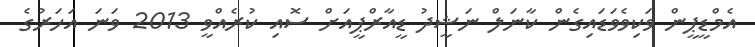
އެމްޑީޕީން ވަކިވެވަޑައިގެން ކާނަލް ނަޝީދު ޑީއާރްޕީއަށް ސޮއި ކުރެއްވީ 2013 ވަނަ އަހަރުގެ